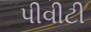
પીવીટી